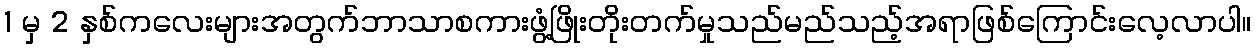
1 မှ 2 နှစ်ကလေးများအတွက်ဘာသာစကားဖွံ့ဖြိုးတိုးတက်မှုသည်မည်သည့်အရာဖြစ်ကြောင်းလေ့လာပါ။